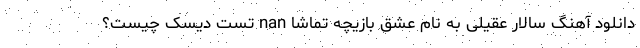
دانلود آهنگ سالار عقیلی به نام عشق بازیچه تماشا nan تست دیسک چیست؟